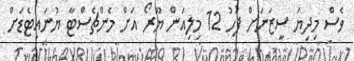
ވެސް މިދިޔަ ސީޒަނަށް ފަހު 12 މިލިއަން ޔޫރޯ އަށް މެންޗެސްޓާ ޔުނައިޓެޑަށް